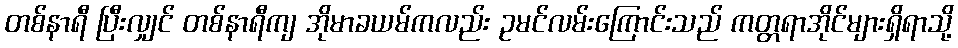
တစ်နာရီ ပြီးလျှင် တစ်နာရီကျ အိုမာခယမ်ကလည်း ဥမင်လမ်းကြောင်းသည် ကတ္တရာအိုင်များရှိရာသို့